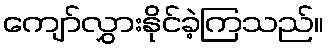
ကျော်လွှားနိုင်ခဲ့ကြသည်။